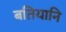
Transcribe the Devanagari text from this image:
बतियानि